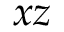
x z